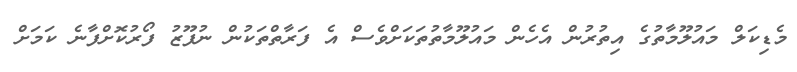
މެޑިކަލް މައުލޫމާތުގެ އިތުރުން އެހެން މައުލޫމާތުތަކަށްވެސް އެ ފަރާތްތަކުން ނުފޫޒު ފޯރުކޮށްފާނެ ކަމަށް